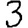
Digit: 3